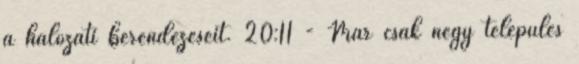
a hálózati berendezéseit. 20:11 - Már csak négy település